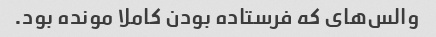
والس‌های که فرستاده بودن کاملا مونده بود.